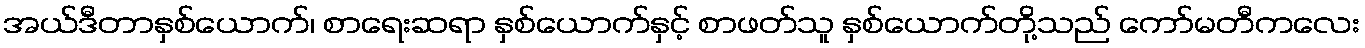
အယ်ဒီတာနှစ်ယောက်၊ စာရေးဆရာ နှစ်ယောက်နှင့် စာဖတ်သူ နှစ်ယောက်တို့သည် ကော်မတီကလေး